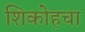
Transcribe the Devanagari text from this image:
शिकोहचा